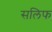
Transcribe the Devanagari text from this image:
सलिफ